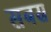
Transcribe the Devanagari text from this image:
सबस्र